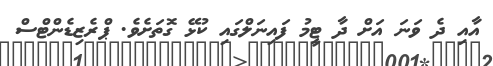
އާއި ދެ ވަނަ އަށް ދާ ޓީމު ފައިނަލްގައި ކުޅޭ ގޮތަށެވެ. ޕްރެޒިޑެންޓްސް